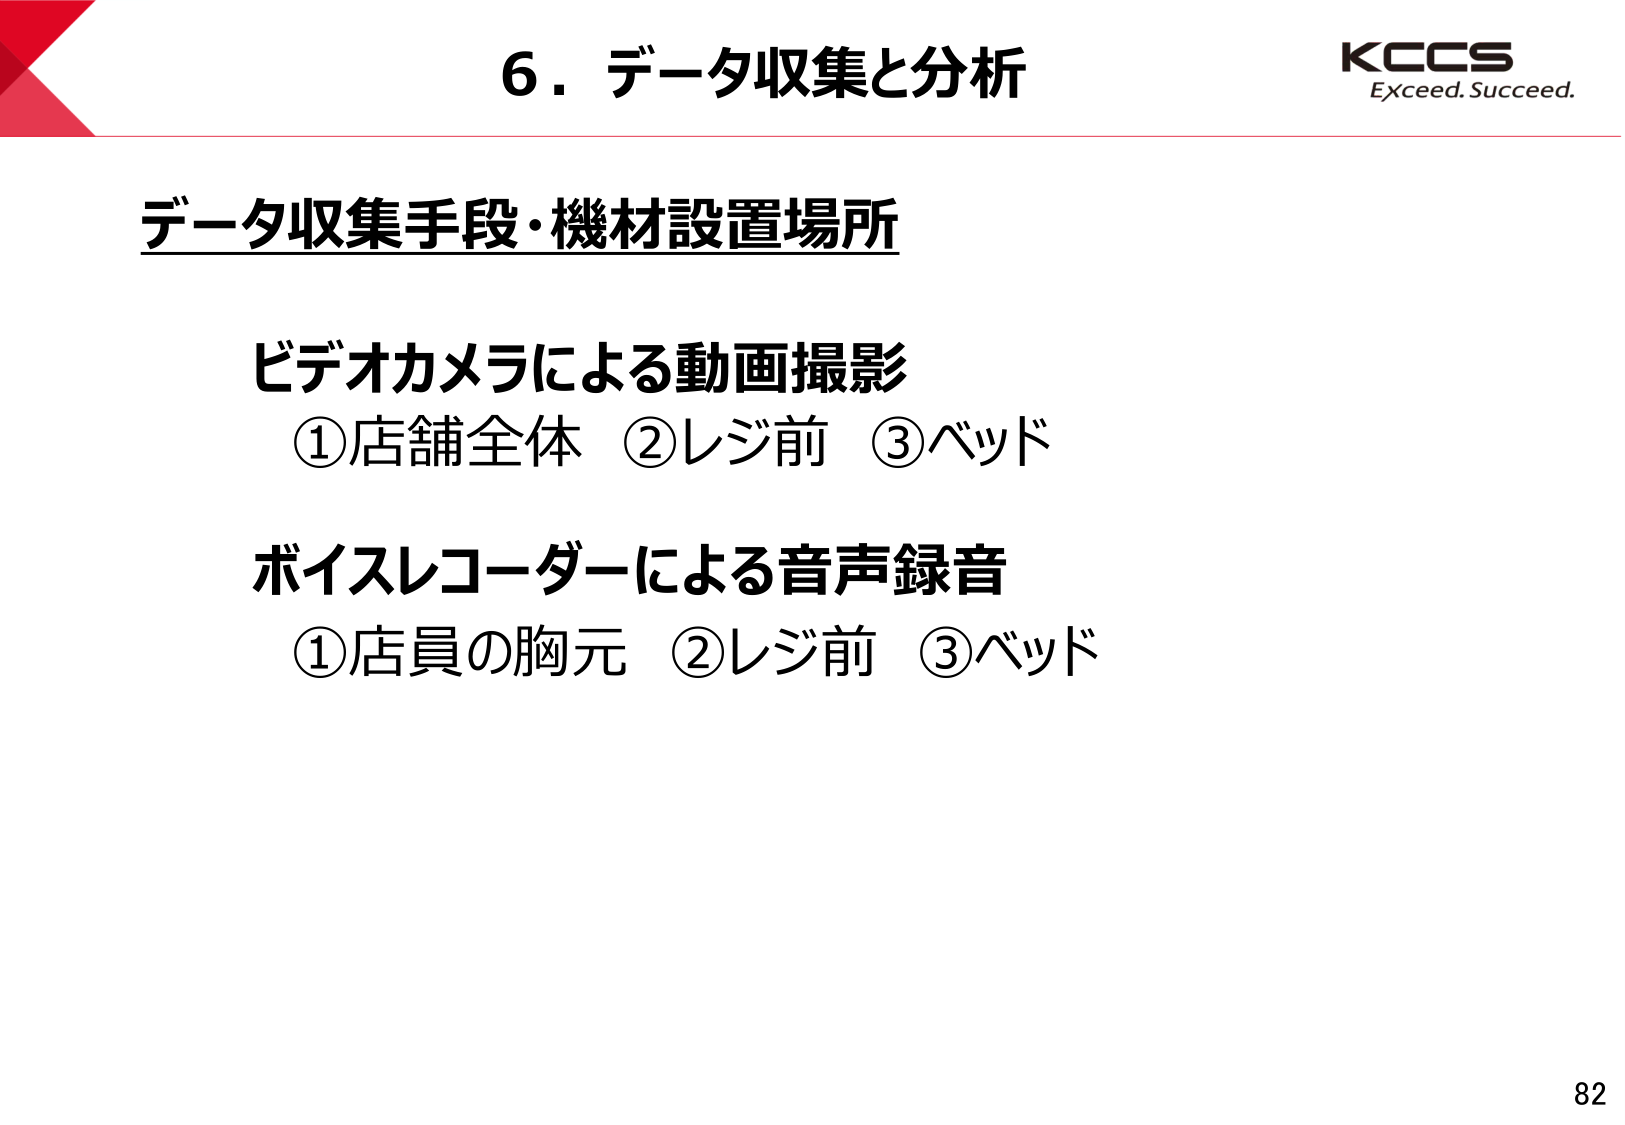
6．データ収集と分析
KCCS
Exceed. Succeed.

データ収集手段・機材設置場所

ビデオカメラによる動画撮影
①店舗全体 ②レジ前 ③ベッド

ボイスレコーダーによる音声録音
①店員の胸元 ②レジ前 ③ベッド

82